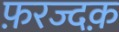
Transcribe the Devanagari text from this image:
फ़रज्दक़